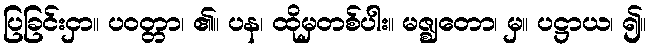
ပြခြင်းငှာ။ ပဝတ္တာ၊ ၏။ ပန၊ ထိုမှတစ်ပါး။ မဇ္ဈတော၊ မှ။ ပဋ္ဌာယ၊ ၍။